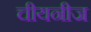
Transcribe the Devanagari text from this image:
चीयनीज